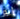
انه